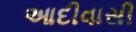
આદીવાસી